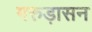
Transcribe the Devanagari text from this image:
गरुड़ासन